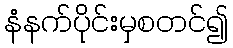
နံနက်ပိုင်းမှစတင်၍